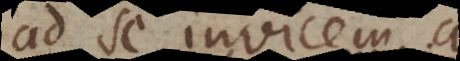
ad se invicem a